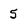
Character: 5